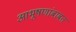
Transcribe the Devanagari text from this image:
आभूषणांबाबत